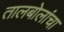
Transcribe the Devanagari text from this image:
तालबोलांचा